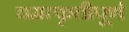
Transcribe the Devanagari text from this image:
चमत्कृतीपूर्ण